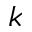
k